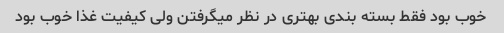
خوب بود فقط بسته بندی بهتری در نظر میگرفتن ولی کیفیت غذا خوب بود